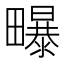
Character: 𭻶